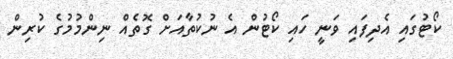
ކޯޓުގައި އެދިފައި ވަނީ ހައި ކޯޓުން އެ ނުކުތާއަށް ގޮތެއް ނިންމުމުގެ ކުރިން